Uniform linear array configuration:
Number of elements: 12
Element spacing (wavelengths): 0.25
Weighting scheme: hamming
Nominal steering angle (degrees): -60
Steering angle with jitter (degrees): -61.355
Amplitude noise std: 0.05
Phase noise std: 0.05

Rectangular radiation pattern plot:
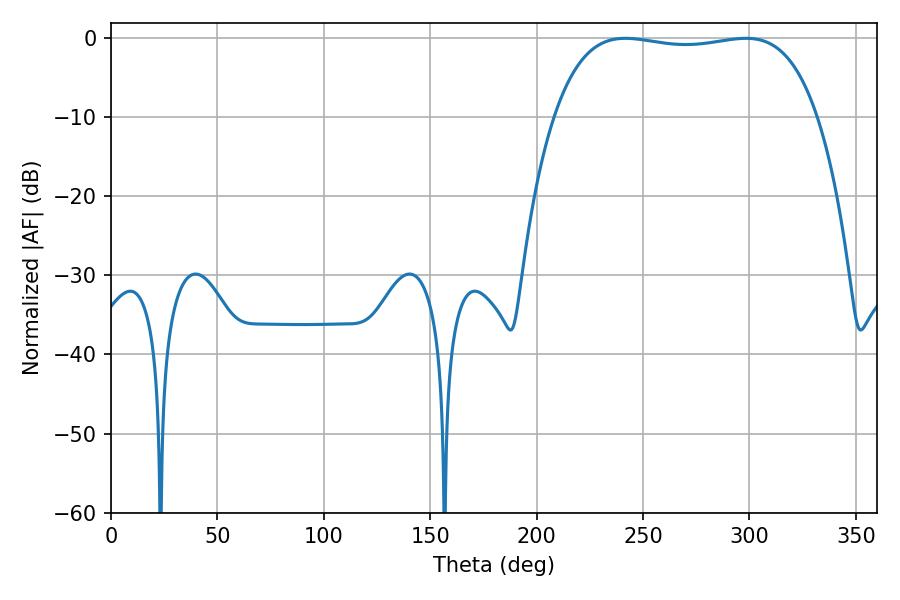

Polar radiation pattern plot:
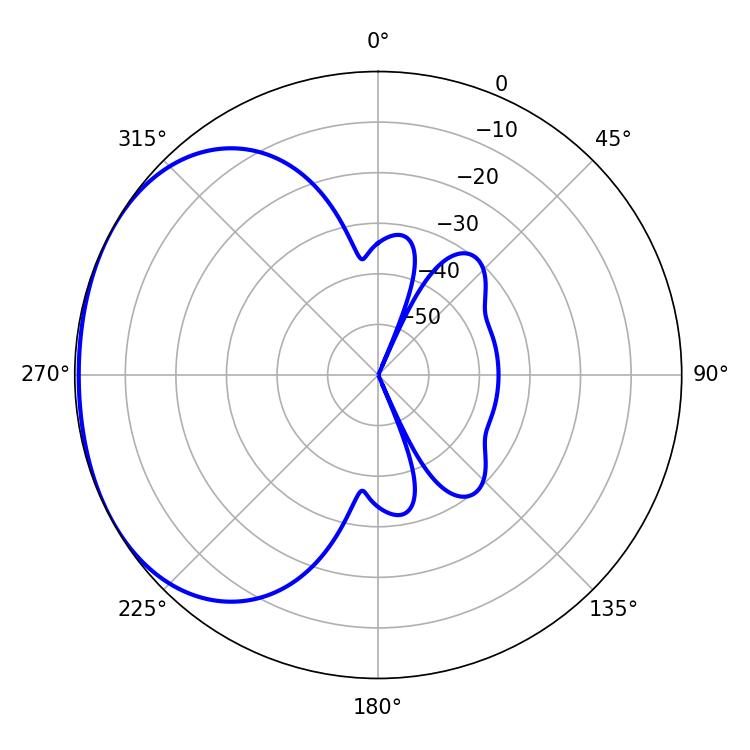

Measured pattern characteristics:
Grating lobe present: FALSE
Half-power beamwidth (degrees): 98.64
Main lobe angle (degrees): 241.74